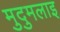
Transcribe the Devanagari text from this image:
मुदुमलाइ